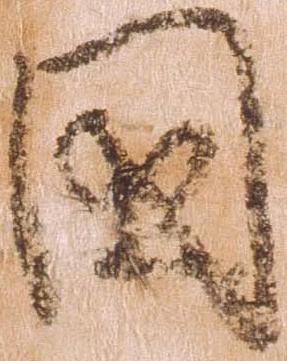
国